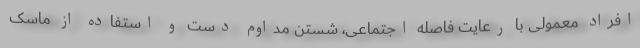
افراد معمولی با رعایت فاصله اجتماعی، شستن مداوم دست و استفاده از ماسک